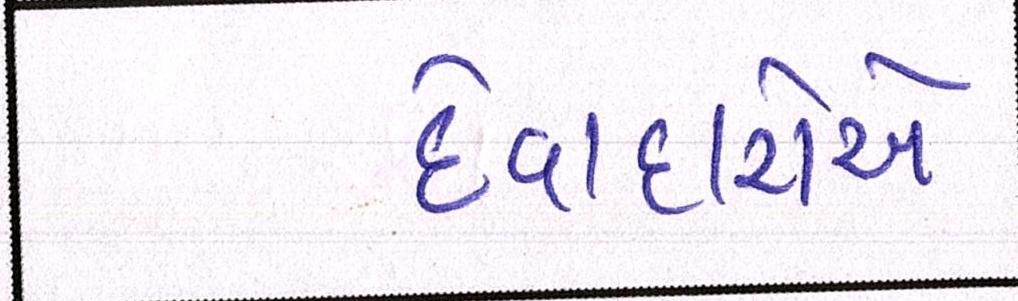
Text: દેવાદારોએ